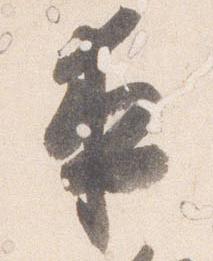
夜